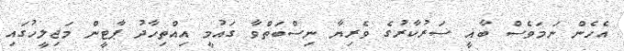
އެހެން ނަމަވެސް ބާޣީ ސަރުކާރުގެ ވެރިޔާ ނިސްބަތްވާ ގައުމީ އިއްތިހާދު ޕާޓީން މަޖިލީހުގައި